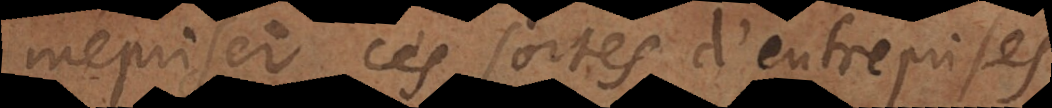
mépriser ces sortes d’entreprises